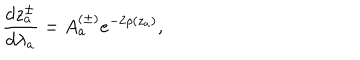
LaTeX: \frac { d z _ { a } ^ { \pm } } { d \lambda _ { a } } = A _ { a } ^ { ( \pm ) } e ^ { - 2 \rho ( z _ { a } ) } ,